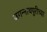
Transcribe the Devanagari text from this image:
जगन्‍नाथपुरीच्या